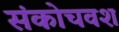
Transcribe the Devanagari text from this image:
संकोचवश